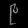
Digit: ၉